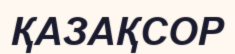
ҚАЗАҚСОР